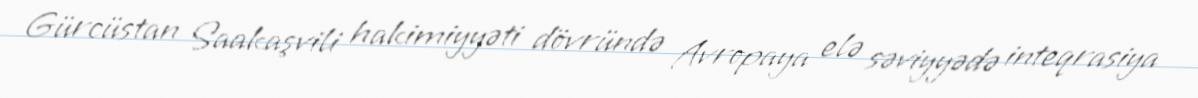
Gürcüstan Saakaşvili hakimiyyəti dövründə Avropaya elə səviyyədə inteqrasiya